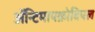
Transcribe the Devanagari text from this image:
ॲन्टिमायक्रोबियल